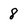
Character: 8